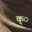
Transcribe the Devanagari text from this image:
क्े